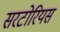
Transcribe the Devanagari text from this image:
सरटोरियस